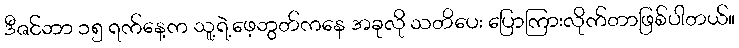
ဒီဇင်ဘာ ၁၅ ရက်နေ့က သူ့ရဲ့ဖေ့ဘွတ်ကနေ အခုလို သတိပေး ပြောကြားလိုက်တာဖြစ်ပါတယ်။